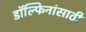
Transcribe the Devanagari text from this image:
डॉल्फिनांसाठी